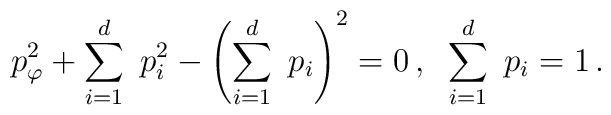
p_{\varphi}^2 + \sum_{i=1}^d \ p_i^2 - \left(\sum_{i=1}^d \ p_i \right)^2 = 0 \, , \; \; \sum_{i=1}^d \ p_i = 1 \, .